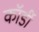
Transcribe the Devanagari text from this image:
कॉर्डी